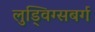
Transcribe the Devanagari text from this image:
लुड्विग्सबर्ग